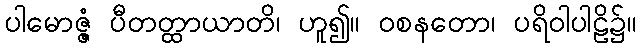
ပါမောဇ္ဇံ ပီတတ္ထာယာတိ၊ ဟူ၍။ ဝစနတော၊ ပရိဝါပါဠိ၌။